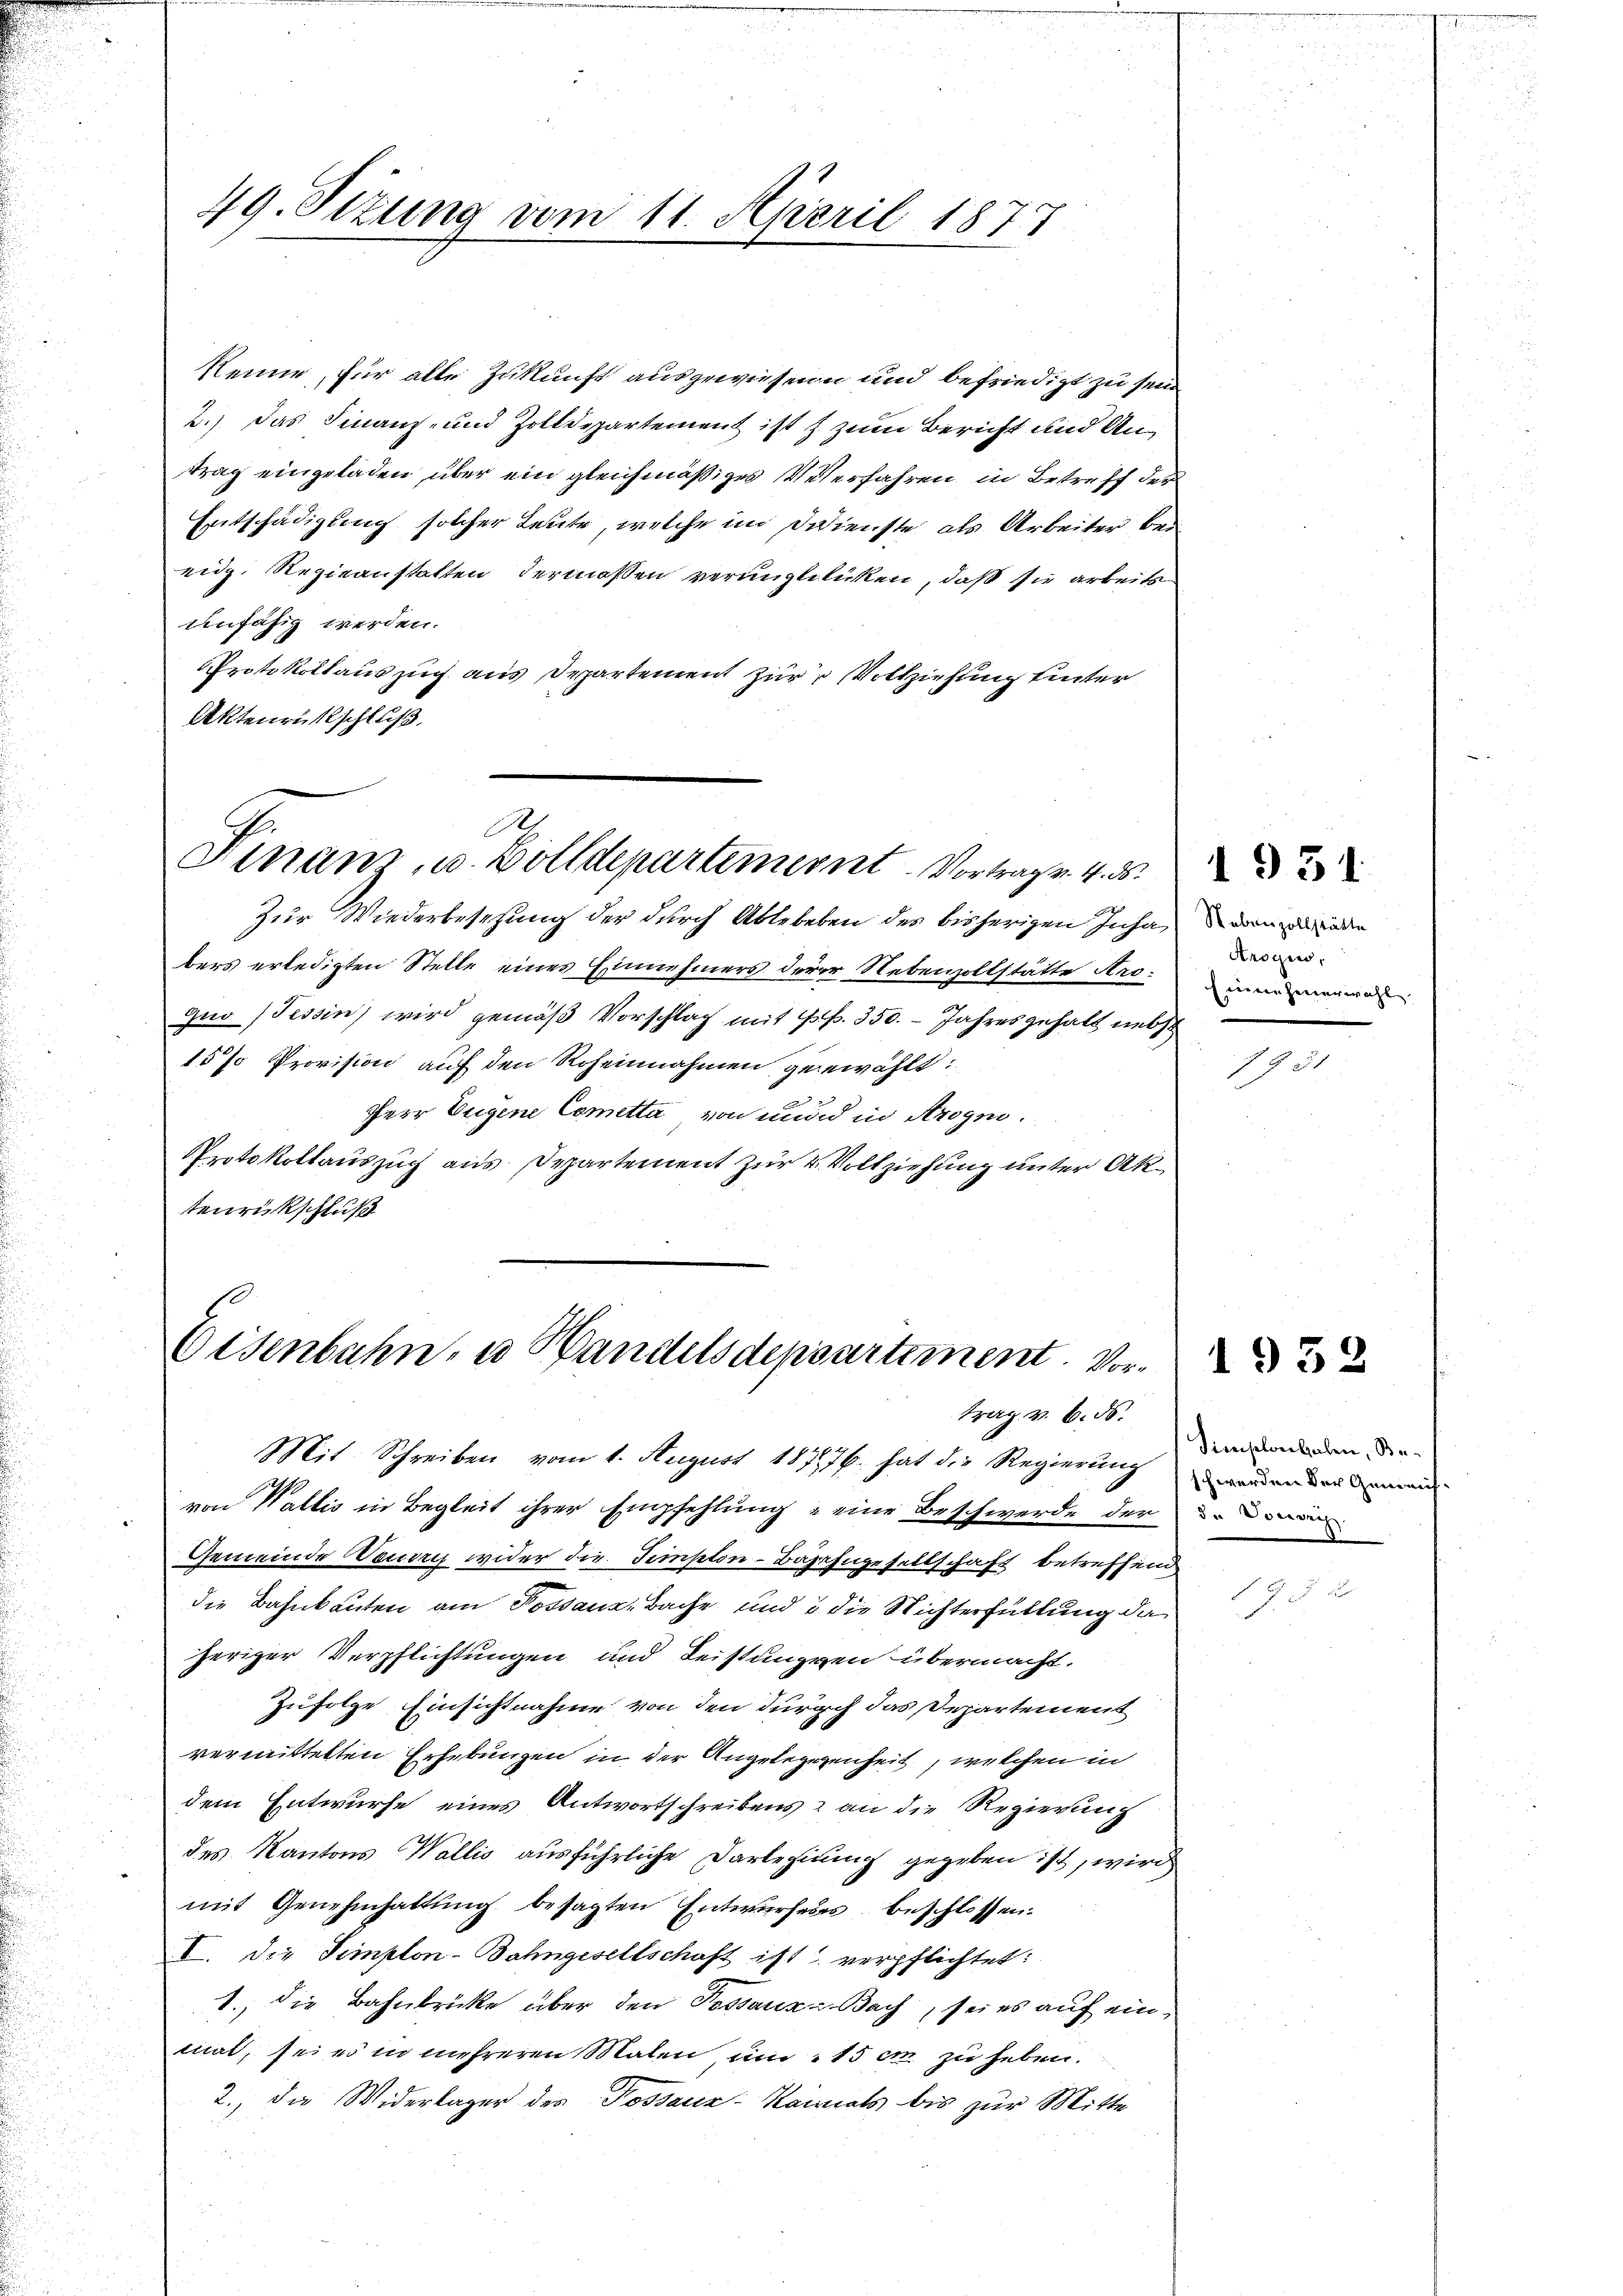
Renne, für alle Zukunft ausgewiesenen und befriedigt zu sein
2.) Das Finanz- und Zolldepartement ist zum Bericht und Antrag eingeladen über ein gleichmäßiges Veterfahren in Betreff der
Entschädigung solcher Leute, welche im Dienste als Arbeiter bei
eidg. Regieanstatten dermassen verungleticken, daß sie arbeits
unfähig werden.
Protokollauszug aus Departement zur Vollziehung hinter
Aktenrütschluß.

49. Sizung vom 11. April 1877

A
Finan, u. Bolldepartement. Vortrag v. 4. ds.

Zur Wiederbesetzung der durch Ablebeben des bisherigen Inhaben der
bers erledigten Stelle eines Einnehmers derer Nebenzollstätte ders inne erwar
quo (Tessin, wird gemäß Vorschlag mit pp. 350. - Jahresgehalt nebst
15% Provision auf den Roheinnahmen gegewählt:
Herr Eugene Cometta von und in Arogno
Protokollauszug aus Departement zur Vollziehung unter Aktenrückschluß

Eisenbahn, u. Handelsdepartement. Vortrag v. 6. ds.

Mit Schreiben vom 1. August 187176. hat die Regierung werden der mi
von Wallis in Begleit ihrer Empfehlung eine Beschwerde der den
Gemeinde Damen wider die Seinston - Bazahngesellschaft betreffend
die Bahnbauten am Possauz, Bache und 3 die Nichterfüllung da
heriger Verpflichtungen und Leistungen übermacht.
Zufolge Einsichtnahme von den durch das Departement
vermittelten Erhebungen in der Angebegegenheit, welchen in
dem Entwurfe eines Antwortschreibens & an die Regierung
des Kantons Wallis ausführliche Darleitung gegeben ist, wird
mit Genehmhaltung besagten Entwurfes beschlossen:
I. Die Simplon-Bahngesellschaft ist verpflichtet:
1., die Bahnbrücke über den Possauz- Bach, sei es auf einmat, sei es in mehreren Malen und 15 c zu heben.
2., die Widerlager der Possauz-Kanals bis zur Mitte

Arogie,

1931

Z 31

Simplon haben, Be¬

1952